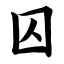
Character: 囚